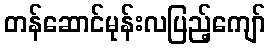
တန်ဆောင်မုန်းလပြည့်ကျော်